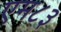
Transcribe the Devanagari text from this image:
एम८३